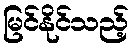
မြင်နိုင်သည့်